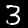
Label: 3